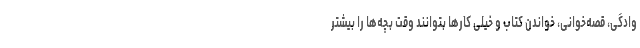
وادگی، قصه‌خوانی، خواندن کتاب و خیلی کارها بتوانند وقت بچه‌ها را بیشتر